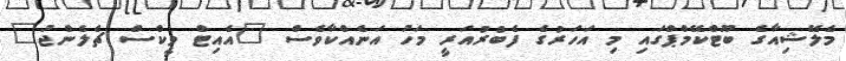
މެލޭޝިއާގެ ބޫޓްކޭމްޕްގައި މި އަހަރުގެ ފެބްރުއަރީ މަހު އަނެއްކާވެސް "އެއިޓް ވީކްސް ޗެލެންޖު"